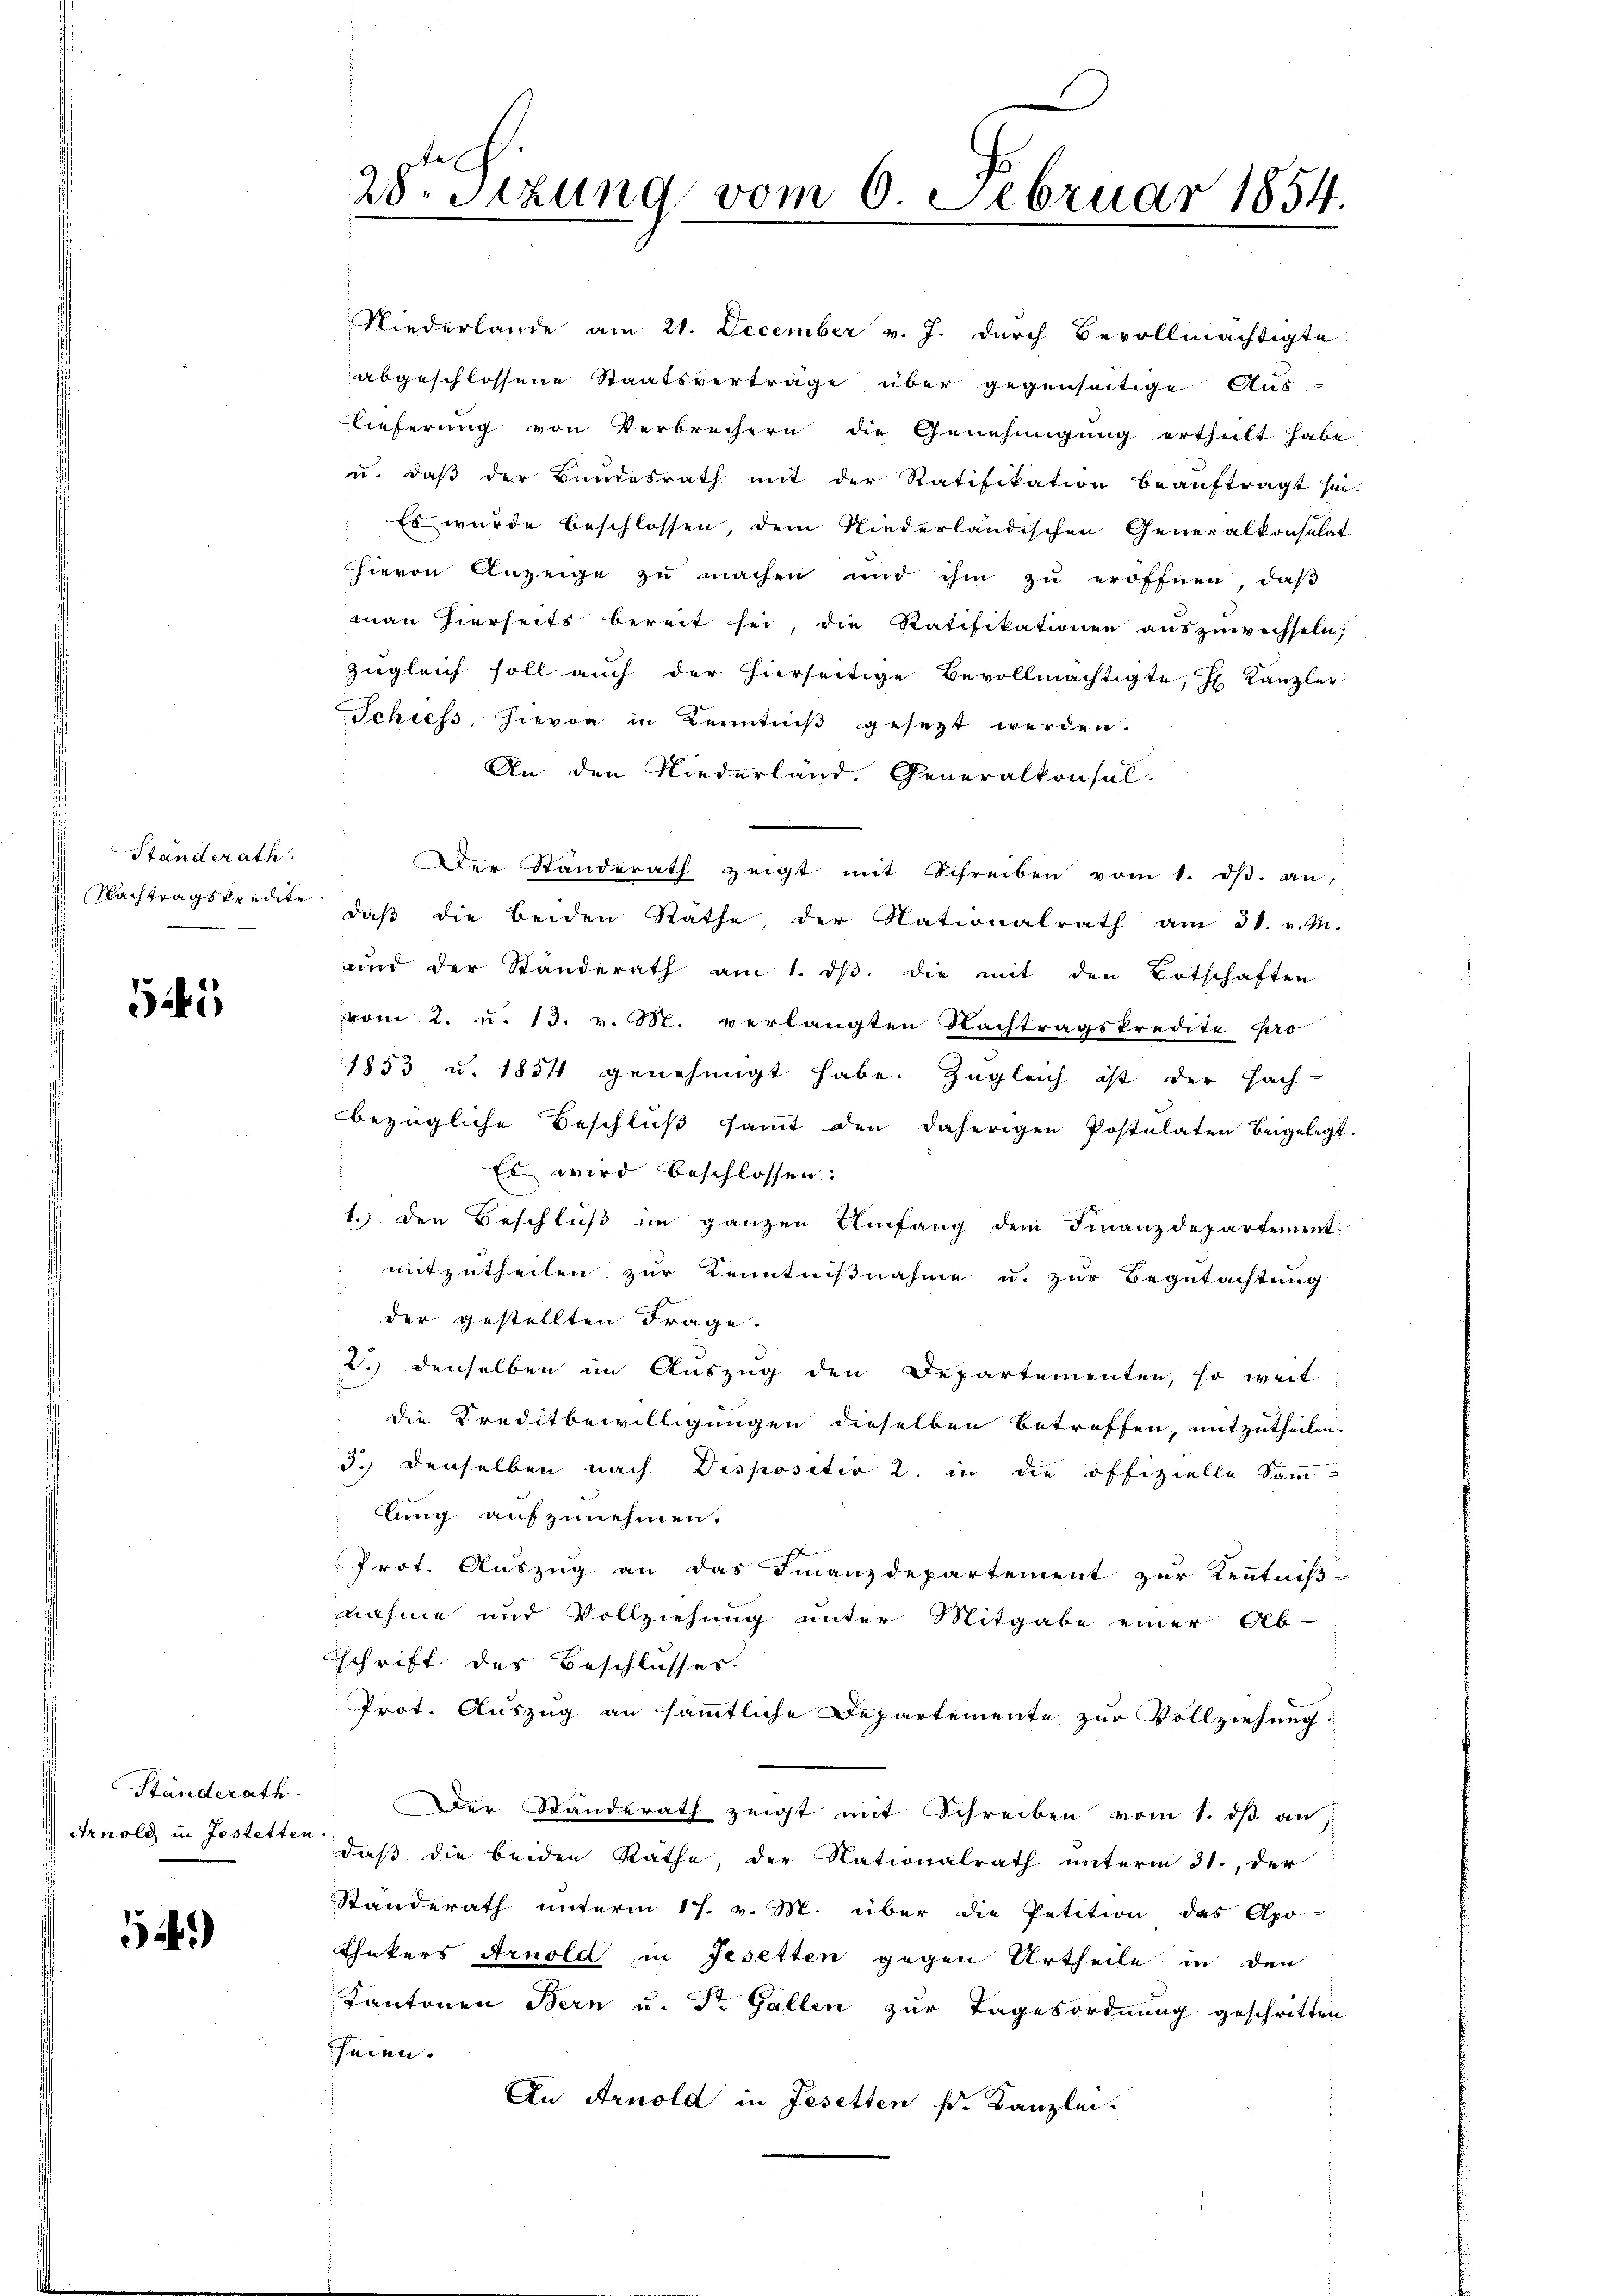
Standerath.

545

Ständerath
Arnold in Festetten

)

An den Niederland. Generalkonsul-
Der Standerath zeigt mit Schreiben vom 1. dβ. an
Nachtragskredite, daß die beiden Räthe, der Nationalrath am 31. v. M.
und der Standerath am 1. dβ. die mit den Totschaften
vom 2. u. 13. v. M. verlangten Nachtragskredite pro
1853 u. 1854 genehmigt habe. Zugleich ist der Fach-
bezügliche Beschluß sammt den daherigen Postulaten beigelegt.
Es wird beschlossen:
1.) Den Beschluß im ganzen Umfang dem Finanzdepartement-
mitzutheilen zur Kenntnißnahme u. zur Begutachtung
der gestellten Frage.
2.) denselben im Auszug den Departementen, so weit
die Kreditbewilligungen dieselben betreffen, mitzutheilen.
3.) Denselben nach Dispositiv 2. in die offizielle Samlung aufzunehmen.
Prot. Auszug an das Finanzdepartement zur Kenntniß-
nahme und Vollziehung unter Mitgabe einer Ob-
schrift des Beschlusses.
Prot. Auszug an sämmtliche Departemente zur Vollziehung
Der Standerath zeigt mit Schreiben vom 1. dß. an,
daß die beiden Räthe, der Nationalrath unterm 31., der
Standerath unterm 17. v. M. über die Petition des Apo-
Ehekers Arnold in Gesetten gegen Urtheile in den
Kantonen Bern u. Dr. Gallen zur Tagesordnung geschritten
heien.
An Arnold in Gesetten s. Kanzlei.

28. Sitzung vom 6. Februar 1854.

Niederlande am 21. December v. J. durch Bevollmächtigte
abgeschlossene Staatsvertrage über gegenseitige Aus-
Lieferung von Verbrechern die Genehmigung ertheilt habe.
u. daß der Bundesrath mit der Ratifikation beauftragt sei.
Es wurde beschlossen, dem Niederländischen Generalkonsulat
hievon Anzeige zu machen und ihm zu eröffnen, daß
man hierseits bereit sei, die Ratifikationen auszuwechseln;
zŭgleich soll auch der hierseitige Bevollmächtigte, J. Kanzler
Schiess, hievon in Kenntniß gesezt werden.